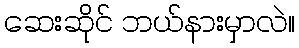
ဆေးဆိုင် ဘယ်နားမှာလဲ။